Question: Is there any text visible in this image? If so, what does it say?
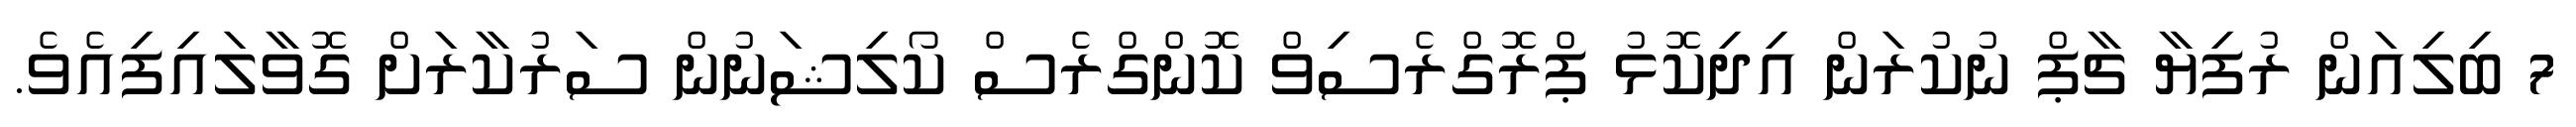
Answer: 7 ބިލިއަން ރުފިޔާ ޗާޕް ނުކުރަން އިދިކޮޅު ޕްރޮގްރެސިވް ކޮންގްރެސް ކޯލިޝަނުން ސަރުކާރަށް ގޮވާލައިފިއެވެ.